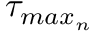
\tau _ { m a x _ { n } }